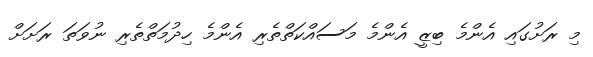
މި ރަށުގައި އެންމެ ބިޒީ އެންމެ މަސައްކަތްތެރި އެންމެ ހިދުމަތްތެރި ނުވަތަ ރަށަށް